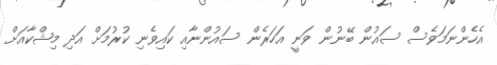
އެހެންނަމަވެސް ސައުން ބޭނުން ވަނީ އަހަރެން ސައުންނާއި ކައިވެނި ކުރުމަށް އަދި މިޝްކާއަށް